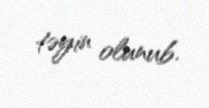
təyin olunub.